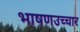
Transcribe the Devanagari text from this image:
भाषणउच्चार